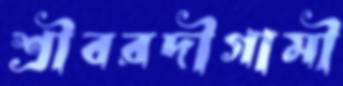
শ্রীবরদীগামী